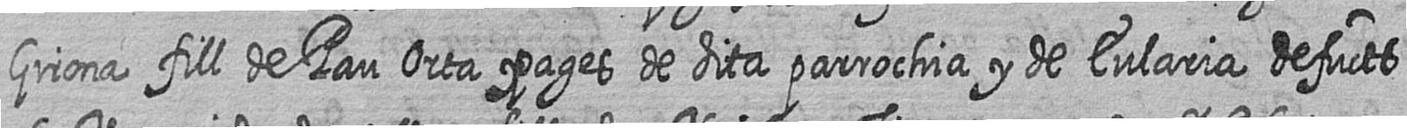
Girona fill de Pau Orta pages de dita parrochia y de Eularia defucts